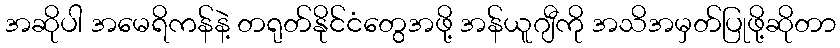
အဆိုပါ အမေရိကန်နဲ့ တရုတ်နိုင်ငံတွေအဖို့ အန်ယူဂျီကို အသိအမှတ်ပြုဖို့ဆိုတာ